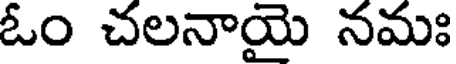
ఓం చలనాయై నమః